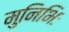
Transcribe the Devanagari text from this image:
मुनिभिः